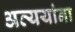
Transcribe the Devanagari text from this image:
अव्ययांना